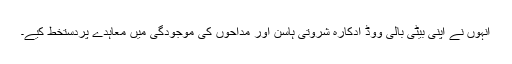
انہوں نے اپنی بیٹی بالی ووڈ ادکارہ شروتی ہاسن اور مداحوں کی موجودگی میں معاہدے پردستخط کیے۔